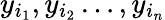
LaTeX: y_{i_{1}},y_{i_{2}}\ldots,y_{i_{n}}